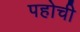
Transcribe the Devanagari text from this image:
पहोची